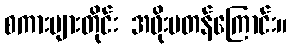
စကားများတိုင်း အဖိုးမတန်ကြောင်း။